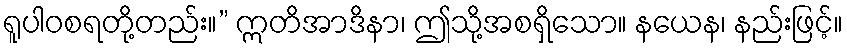
ရူပါဝစရတို့တည်း။” ဣတိအာဒိနာ၊ ဤသို့အစရှိသော။ နယေန၊ နည်းဖြင့်။